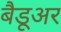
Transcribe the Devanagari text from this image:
बैडूअर